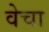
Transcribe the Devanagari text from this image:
वेचा